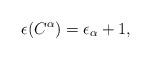
\begin{align*}\epsilon(C^{\alpha})=\epsilon_{\alpha}+1,\end{align*}